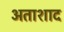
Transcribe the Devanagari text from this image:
अताशाद